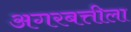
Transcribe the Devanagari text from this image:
अगरबत्तीला